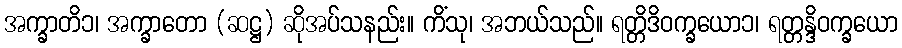
အက္ခာတိ၁၊ အက္ခာတော (ဆဋ္ဌ) ဆိုအပ်သနည်း။ ကိံသု၊ အဘယ်သည်။ ရတ္တိဒိဝက္ခယော၁၊ ရတ္တန္ဒိဝက္ခယော